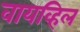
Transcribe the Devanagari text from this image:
वायव्हिल